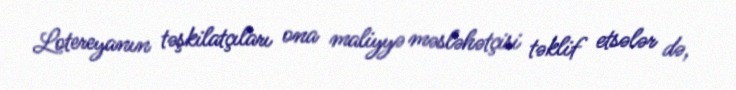
Lotereyanın təşkilatçıları ona maliyyə məsləhətçisi təklif etsələr də,